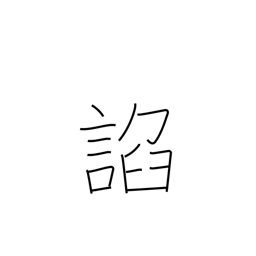
Meaning: flatter